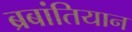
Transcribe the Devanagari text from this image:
ब्रबांतियान